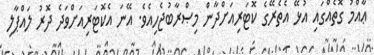
ޢާއްމު ގޮތެއްގައި އުޅޭ އެތެރޭގެ ކޮޓަރިއަށްދާން މިޞްރާބުޖެހިއެވެ. އޭނަ އެކޮޓަރިއަށްވަދެ ދޮރު ލައްޕާލި